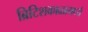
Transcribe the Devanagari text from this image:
ब्रिटिशकाळामध्ये